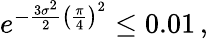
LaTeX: \begin{array}{r}{e^{-\frac{3\sigma^{2}}{2}\left(\frac{\pi}{4}\right)^{2}}\leq 0.01\, ,}\end{array}